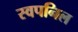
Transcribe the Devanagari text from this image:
स्वपनिल